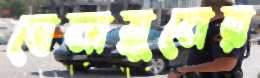
বেনায়ুনের